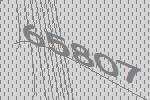
65807